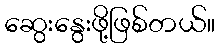
ဆွေးနွေးဖို့ဖြစ်တယ်။